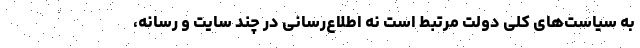
به سیاست‌های کلی دولت مرتبط است نه اطلاع‌رسانی در چند سایت و رسانه،